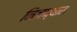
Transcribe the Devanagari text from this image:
निजध्यास